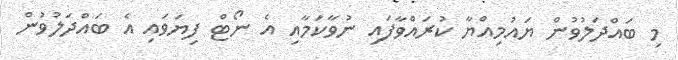
މި ބައްދަލުވުން ޔައުމިއްޔާ ކުރައްވާފައި ނުވާކަމާއި އެ ނޯޓް ފިޔަވައި އެ ބައްދަލުވުން